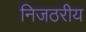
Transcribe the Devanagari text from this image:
निजठरीय